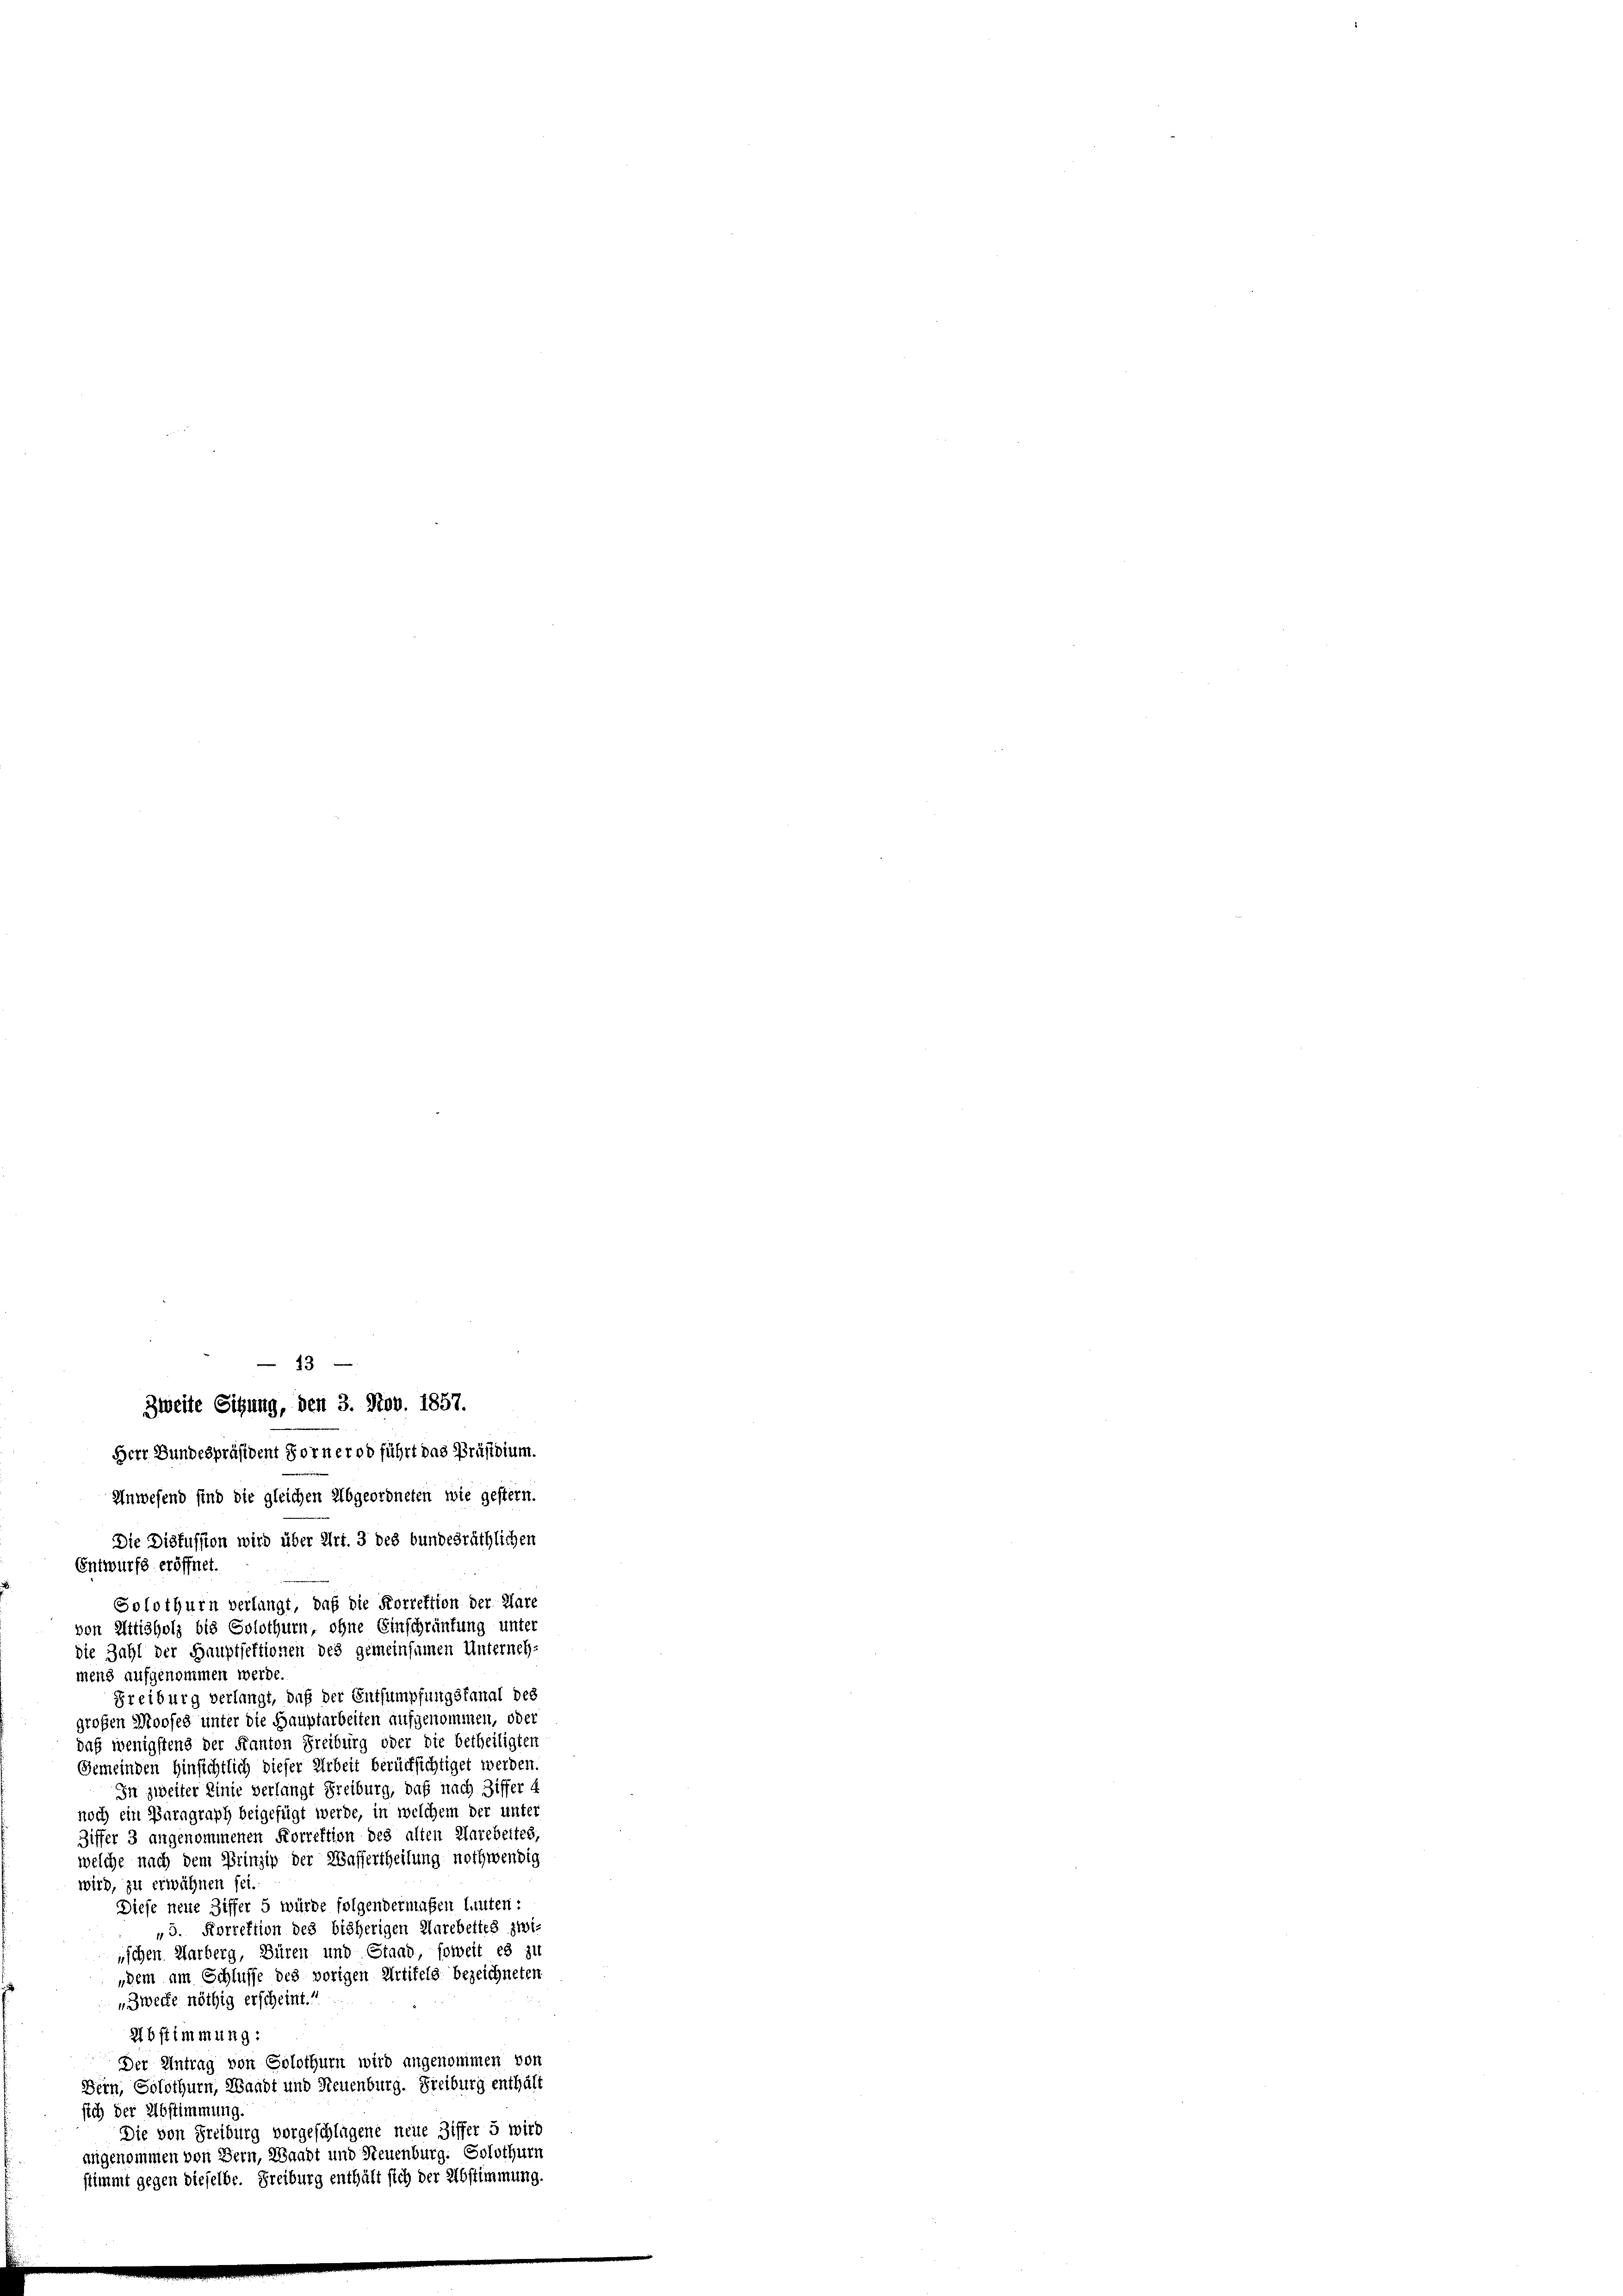
13
Zweite Sitzung, den 3. Nov. 1857.

Herr Bundespräsident Fornerod führt das Präsidium.
Anwesend sind die gleichen Abgeordneten wie gestern.
Die Diskussion wird über Art. 3 des bundesräthlichen
EEntwurfe eröffnet.
Solothurn verlangt, daß die Korrektion der Klare
von Attisholz bis Solothurn, ohne Einschränkung unter
die Zahl der Hauptsektionen des gemeinsamen Unterneh-
mens aufgenommen werde.
Freiburg verlangt, daß der Entsumpfungsfanal der
großen Mooses unter die Hauptarbeiten aufgenommen, oder
daß wenigstens der Kanton Freiburg oder die betheiligten
Gemeinden Hinsichtlich dieser Arbeit berücksichtiget werden.
In zweiter Linie verlangt Freiburg, daß nach Ziffer 4
noch ein Paragraph beigefügt werde, in welchem der unter
Ziffer 3 angenommenen Forrektion des alten Aarbeiter
welche nach dem Prinzip der Wassertheilung nothwendig
wird, zu erwähnen sei.
Diese neue Ziffer 5 würde folgendermaßen lauten:
„3. Korrektion des bisherigen Marbeites zwi-
nschen Marberg, Büren und Stand soweit es zu
„dem am Schlusse des vorigen Artikels bezeichneten
Zwecke nöthig erscheint.“
27bstimmung:
Der Antrag von Solothurn wird angenommen von
Bern, Solothurn, Waadt und Neuenburg. Freiburg enthält
sich der Abstimmung
Die von Freiburg vorgeschlagene neue Ziffer 5 wird
angenommen von Bern, Waadt und Steuenburg. Solothurn
stimmt gegen dieselbe. Freiburg enthält sich der Abstimmung.
e
e